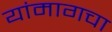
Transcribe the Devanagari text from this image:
यांमागचा